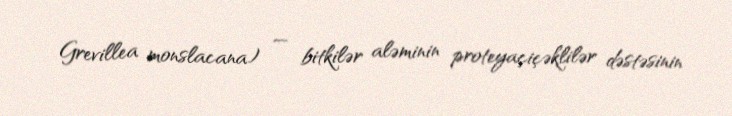
Grevillea monslacana) — bitkilər aləminin proteyaçiçəklilər dəstəsinin